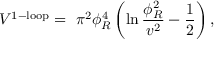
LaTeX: V ^ { \mathrm { 1 - l o o p } } = { } ~ \pi ^ { 2 } \phi _ { R } ^ { 4 } \left( \ln { \frac { \phi _ { R } ^ { 2 } } { v ^ { 2 } } } - { \frac { 1 } { 2 } } \right) ,